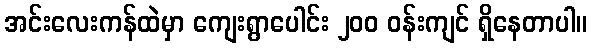
အင်းလေးကန်ထဲမှာ ကျေးရွာပေါင်း ၂၀၀ ဝန်းကျင် ရှိနေတာပါ။